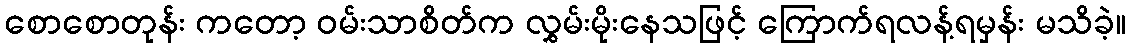
စောစောတုန်း ကတော့ ဝမ်းသာစိတ်က လွှမ်းမိုးနေသဖြင့် ကြောက်ရလန့်ရမှန်း မသိခဲ့။